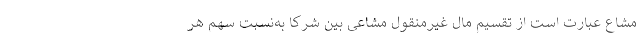
مشاع عبارت است از تقسیم مال غیرمنقول مشاعی بین شرکا به‌نسبت سهم هر